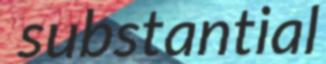
substantial